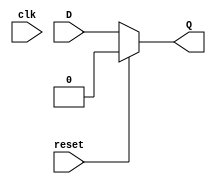
`timescale 1ns / 1ps

module flip_flop(
    input clk,
    input reset,
    input D,
    output reg Q
    );
    
    always@(clk)begin
    if(reset) Q=0;
    else Q<=D;
    end
    
endmodule